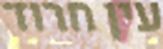
עין חרוד